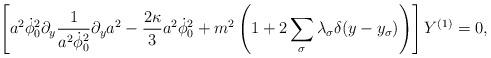
LaTeX: \begin{align*}\left[a^2\dot\phi^2_0\partial_y \frac{1}{a^2\dot\phi_0^2}\partial_y a^2 -\frac{2\kappa}{3} a^2\dot\phi_0^2 +m^2\left(1+2\sum_\sigma \lambda_\sigma \delta (y-y_\sigma)\right)\right] Y^{(1)}=0, \end{align*}